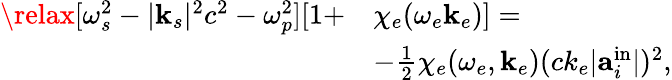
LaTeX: \begin{array}{r}{\begin{array}{rl}{\relax[\omega_{s}^{2}-|\mathbf{k}_{s}|^{2}c^{2}-\omega_{p}^{2}][1+}&{\chi_{e}(\omega_{e}\mathbf{k}_{e})]=}\\ &{-\frac{1}{2}\chi_{e}(\omega_{e},\mathbf{k}_{e})(ck_{e}|\textbf{a}_{i}^{\mathrm{in}}|)^{2},}\end{array}}\end{array}